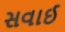
સવાઈ